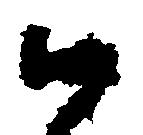
候